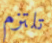
تلتزم